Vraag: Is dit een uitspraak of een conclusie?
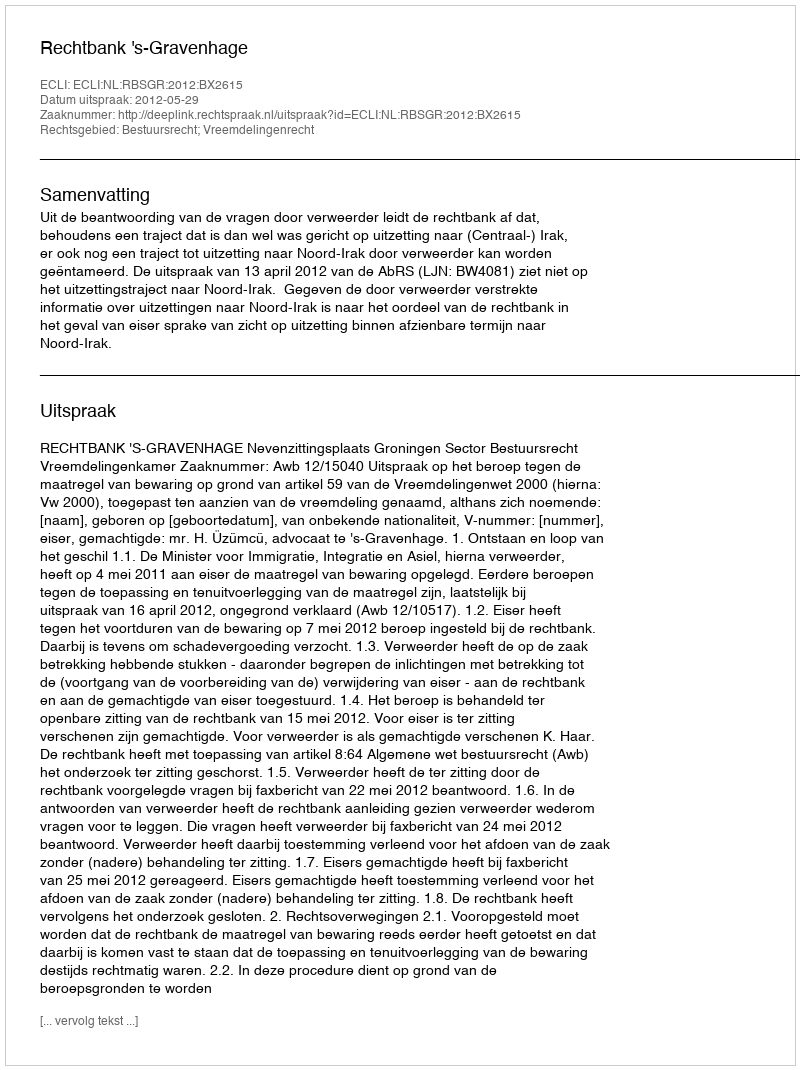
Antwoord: Uitspraak